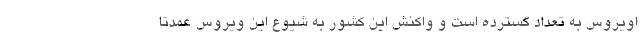
اویروس به تعداد گسترده است و واکنش این کشور به شیوع این ویروس عمدتا